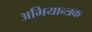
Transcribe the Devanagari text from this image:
अभियान्त्रक